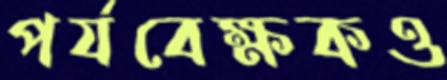
পর্যবেক্ষকও